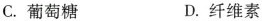
C.葡萄糖 D.纤维素